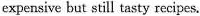
expensive but still tasty recipes.